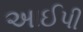
આઈપી